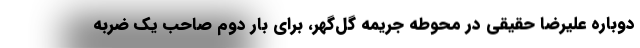
دوباره علیرضا حقیقی در محوطه جریمه گل‌گهر، برای بار دوم صاحب یک ضربه